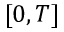
[ 0 , T ]